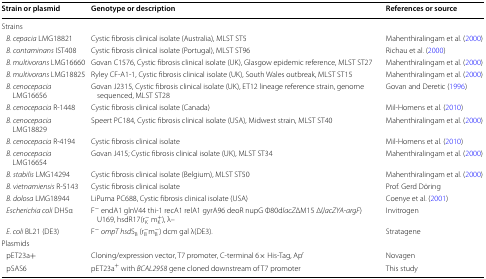
<table><thead><tr><td><b>Strain or plasmid</b></td><td><b>Genotype or description</b></td><td><b>References or source</b></td></tr></thead><tbody><tr><td colspan="3">Strains</td></tr><tr><td> <i>B. cepacia</i> LMG18821</td><td>Cystic fibrosis clinical isolate (Australia), MLST ST5</td><td>Mahenthiralingam et al. (2000)</td></tr><tr><td> <i>B. contaminans</i> IST408</td><td>Cystic fibrosis clinical isolate (Portugal), MLST ST96</td><td>Richau et al. (2000)</td></tr><tr><td> <i>B. multivorans</i> LMG16660</td><td>Govan C1576, Cystic fibrosis clinical isolate (UK), Glasgow epidemic reference, MLST ST27</td><td>Mahenthiralingam et al. (2000)</td></tr><tr><td> <i>B. multivorans</i> LMG18825</td><td>Ryley CF-A1-1, Cystic fibrosis clinical isolate (UK), South Wales outbreak, MLST ST15</td><td>Mahenthiralingam et al. (2000)</td></tr><tr><td> <i>B. cenocepacia</i> LMG16656</td><td>Govan J2315, Cystic fibrosis clinical isolate (UK), ET12 lineage reference strain, genome sequenced, MLST ST28</td><td>Govan and Deretic (1996)</td></tr><tr><td> <i>B. cenocepacia</i> R-1448</td><td>Cystic fibrosis clinical isolate (Canada)</td><td>Mil-Homens et al. (2010)</td></tr><tr><td> <i>B. cenocepacia</i> LMG18829</td><td>Speert PC184, Cystic fibrosis clinical isolate (USA), Midwest strain, MLST ST40</td><td>Mahenthiralingam et al. (2000)</td></tr><tr><td> <i>B. cenocepacia</i> R-4194</td><td>Cystic fibrosis clinical isolate</td><td>Mil-Homens et al. (2010)</td></tr><tr><td> <i>B. cenocepacia</i> LMG16654</td><td>Govan J415; Cystic fibrosis clinical isolate (UK), MLST ST34</td><td>Mahenthiralingam et al. (2000)</td></tr><tr><td> <i>B. stabilis</i> LMG14294</td><td>Cystic fibrosis clinical isolate (Belgium), MLST ST50</td><td>Mahenthiralingam et al. (2000)</td></tr><tr><td> <i>B. vietnamiensis</i> R-5143</td><td>Cystic fibrosis clinical isolate</td><td>Prof. Gerd Döring</td></tr><tr><td> <i>B. dolosa</i> LMG18944</td><td>LiPuma PC688, Cystic fibrosis clinical isolate (USA)</td><td>Coenye et al. (2001)</td></tr><tr><td> <i>Escherichia coli</i> DH5α</td><td>F<sup>−</sup> endA1 glnV44 thi-1 recA1 relA1 gyrA96 deoR nupG Φ80d<i>lacZ</i>ΔM15 Δ(<i>lacZYA</i>-<i>argF</i>)U169, hsdR17(r<sub>K</sub><sup>−</sup> m<sub>K</sub><sup>+</sup>), λ–</td><td>Invitrogen</td></tr><tr><td> <i>E. coli</i> BL21 (DE3)</td><td>F<sup>−</sup><i>ompT</i><i>hsd</i>S<sub>B</sub> (r<sub>B</sub><sup>−</sup>m<sub>B</sub><sup>−</sup>) dcm gal λ(DE3).</td><td>Stratagene</td></tr><tr><td colspan="3">Plasmids</td></tr><tr><td> pET23a+</td><td>Cloning/expression vector, T7 promoter, C-terminal 6× His-Tag, Ap<sup>r</sup></td><td>Novagen</td></tr><tr><td> pSAS6</td><td>pET23a<sup>+</sup> with <i>BCAL2958</i> gene cloned downstream of T7 promoter</td><td>This study</td></tr></tbody></table>